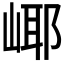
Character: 𱛹